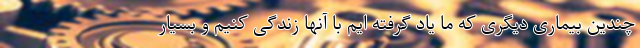
چندین بیماری دیگری که ما یاد گرفته ایم با آنها زندگی کنیم و بسیار